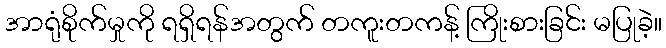
အာရုံစိုက်မှုကို ရရှိရန်အတွက် တကူးတကန့် ကြိုးစားခြင်း မပြုခဲ့။